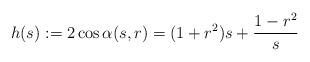
LaTeX: \begin{align*} h(s):=2\cos \alpha(s,r)=(1+r^2)s+\frac{1-r^2}s\end{align*}